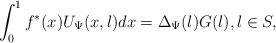
\begin{align*} \int_0^1 f^*(x) U_{\Psi}(x,\l) dx = \Delta_{\Psi}(\l) G(\l), \l \in S,\end{align*}